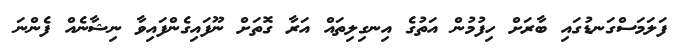
ފަލަމަސްގަނޑުގައި ބާރަށް ހިފުމުން އަތުގެ އިނގިލިތައް އަރާ ގޮތަށް ނޫފައިގެންފައިވާ ނިޝާނެއް ފެންނަ